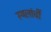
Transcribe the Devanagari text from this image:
स्थलांचीं